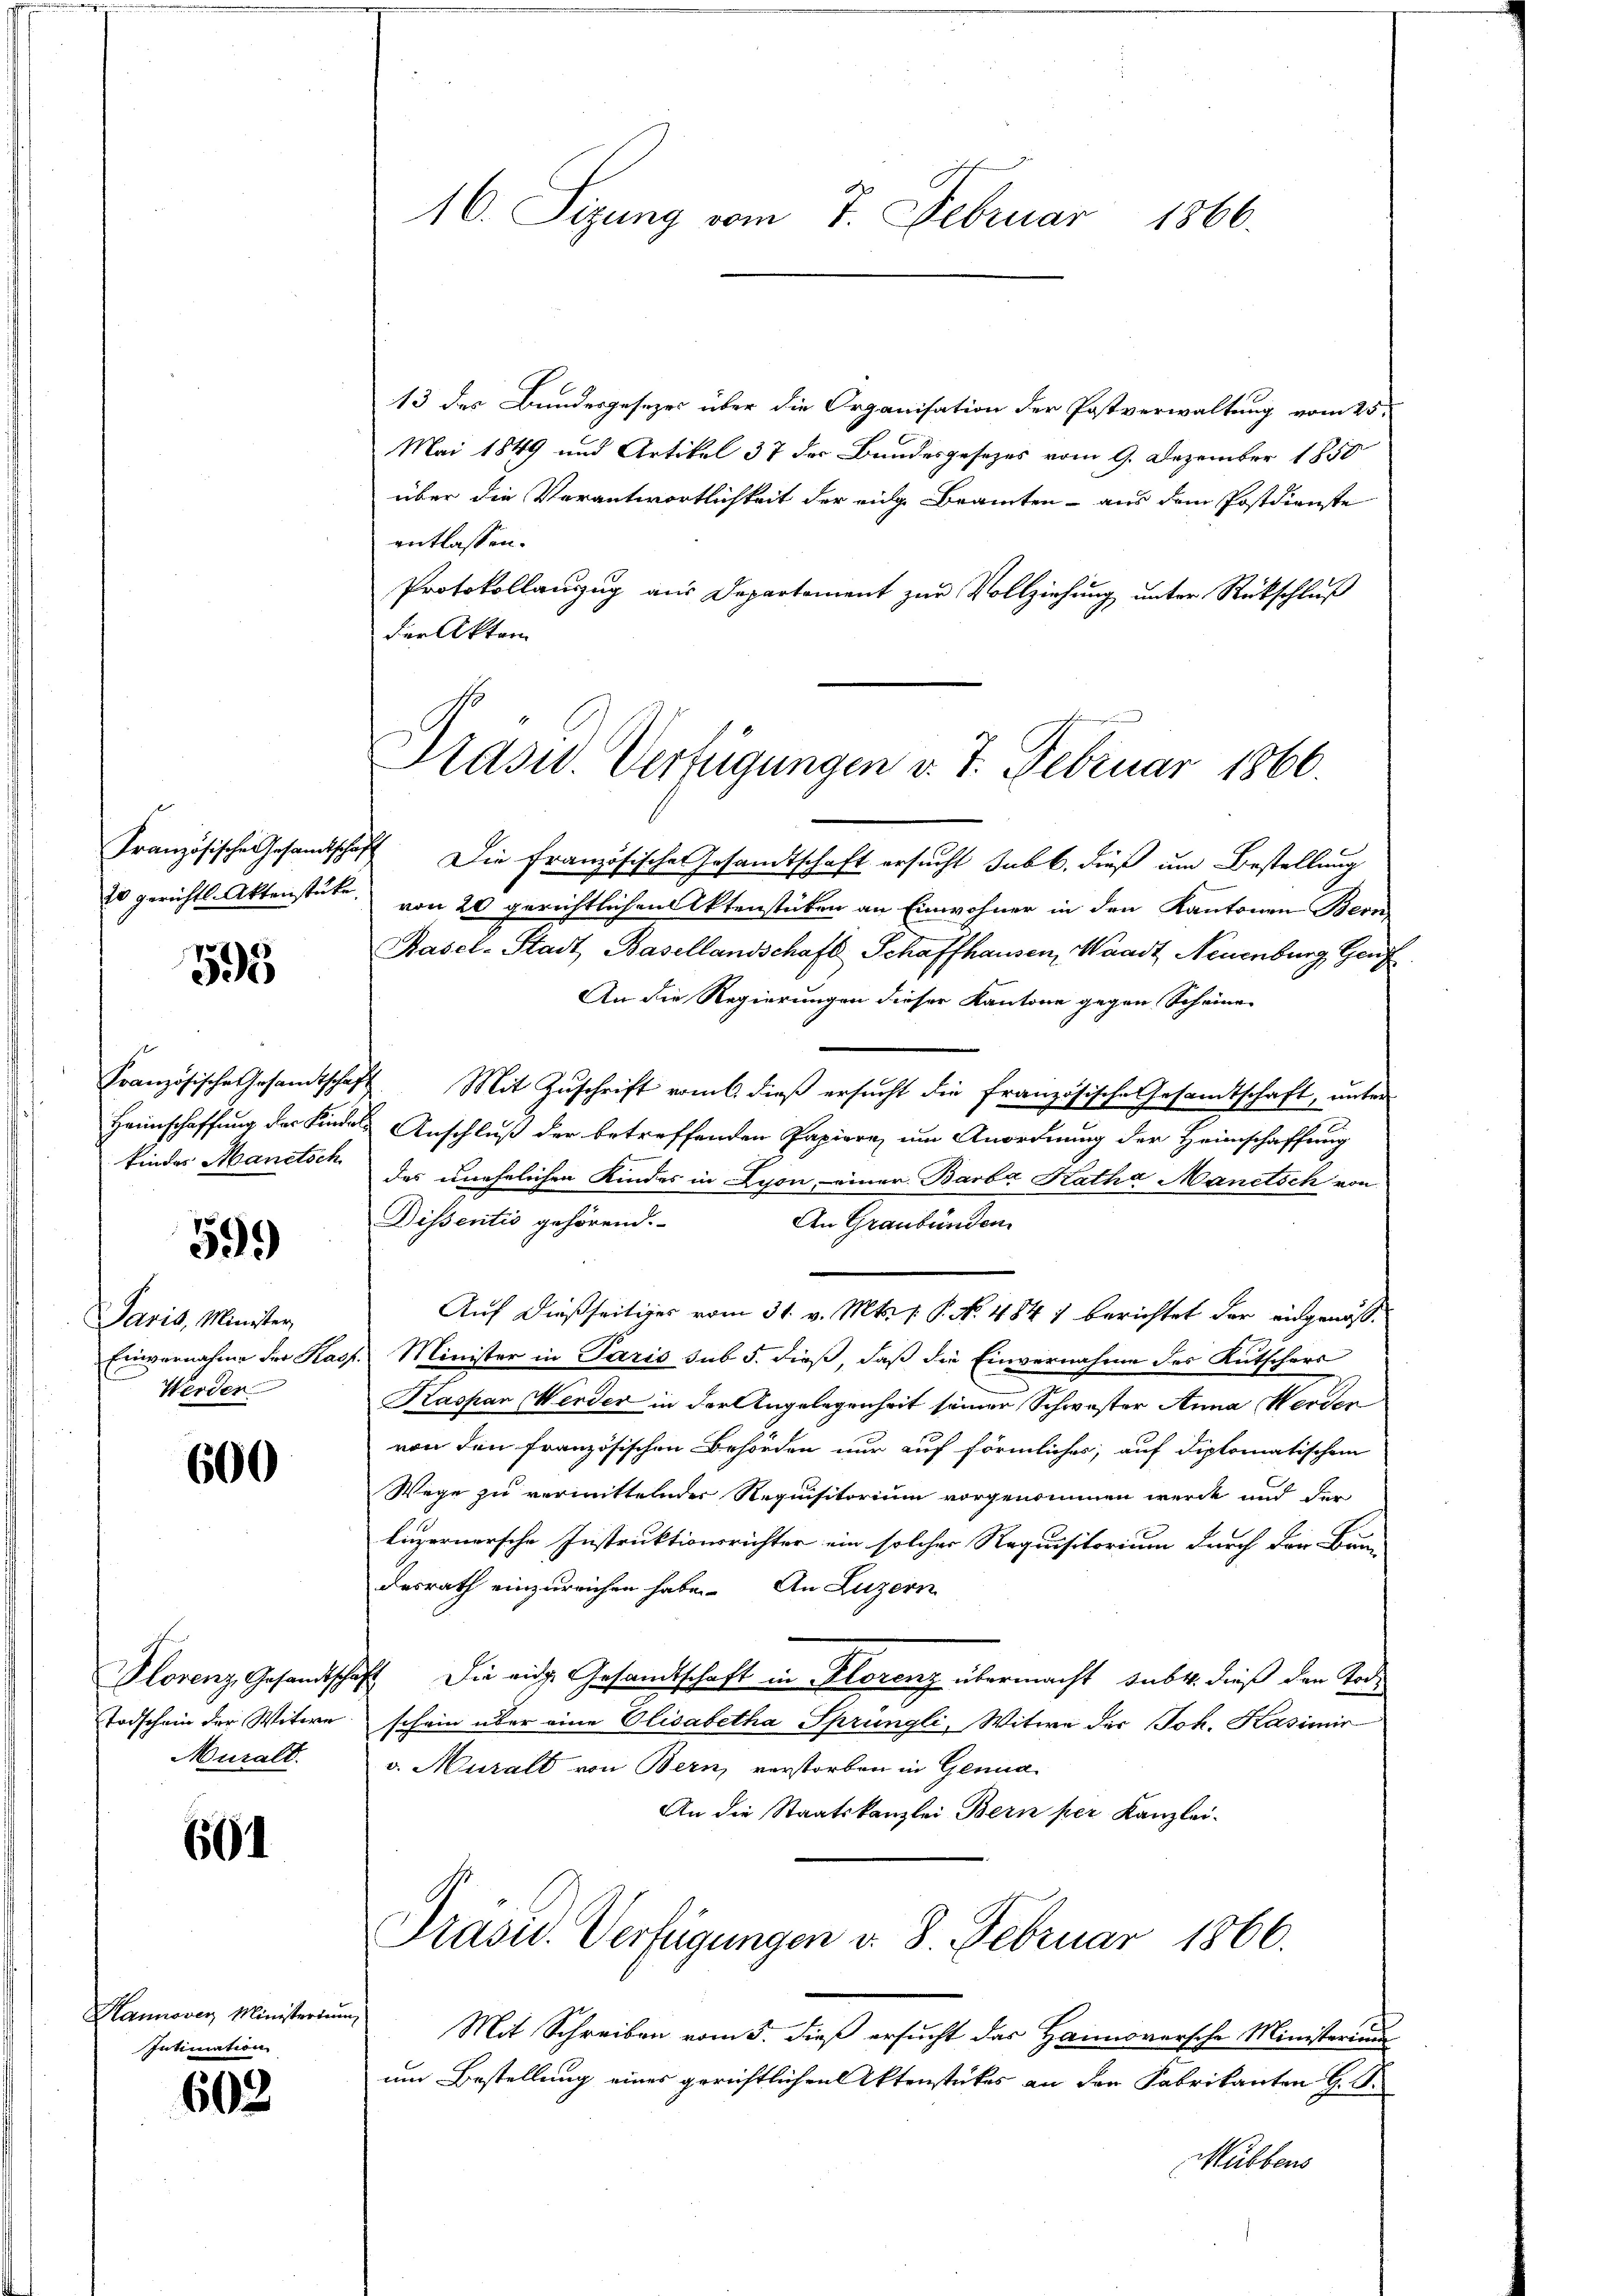
Französische Gesandtsche,
20 gerichtl. Aktenstücke.

595

Französische Gesandtschaf
Heimschaffung der Kinder
findes Manetsch

59.)

Jaris, Minister
Einvernahme der Kar
Werden

600

Plorenz Gesandtscha
Todschein der Witwe
Muralt.

601

Hannover Ministerium
Intimation

602

16. Sizung vom 7. Februar 1866.

13 des Bundesgesezes über die Organisation der Postverwaltung vom 25.
Mai 1849 und Artikel 37 der Bundesgesezes vom 9. Dezember 1850
über die Verantwortlichkeit der eige Beamten - aus dem Postdienste
entlassen.
Protokollanzug aus Departement zur Vollziehung unter Rückschluß
der Akten

Präsid. Verfügungen v. 7. Februar 1866.

Die Französischen Gesandtschaft ersucht sub b. dieß um Bestellung
von 20 gerichtlichen Aktenstücken an Einwohner in den Kantonen Bern,
Basel-Stadt, Basellandschaft Schaffhausen, Waadt Neuenburg, Genf
An die Regierungen dieser Kantone gegen Scheine
Mit Zuschrift vom 6. dieß ersucht die französische Gesamtschaft, unter
Anschluß der betreffenden Papiere, um Anordnung der Heimschaffung
des unehelichen Kindes in Lyon, einer Barba Ratha Manetsch von
Dissentio gehörend.
An Graubünden
Auf dießseitiges vom 31. v. Mts. 1. P. No. 484) berichtet der angenosse
Minister in Paris sub 5. dieß, daß die Einvernahme des Kutschers
Kaspar Werder in der Angelegenheit seiner Schwester Anna Werden
von den französischen Behörden nur auf förmliches, auf diplomatischen
Wege zu vermittelnder Requisitorium vorgenommen werde und der
luzernersche Instruktionsrichter ein solcher Requisitorium durch der Bun
desrath einzureichen habe. An Luzern
4 Die eidg. Gesandtschaft in Florenz übermacht, subt. dieß den Tode
schein über eine Elisabetha Sprüngli, Witwe der Joh. Kasimir
v. Muralt von Bern, verstorben in Genua
An die Staatskanzlei Bern per Kanzlei-
Präsid. Verfügungen v. 8. Februar 1866.
Mit Schreiben vom 5. dieß ersucht das Hannoversche Ministerium
um Bestellung eines gerichtlichenktenstückes an den Fabrikanten G. B.
Mübbens